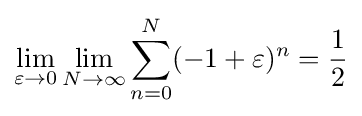
\lim _{\varepsilon \to 0}\lim _{N\to \infty }\sum _{n=0}^{N}(-1+\varepsilon )^{n}={\frac {1}{2}}